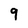
Character: 9